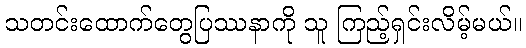
သတင်းထောက်တွေပြဿနာကို သူ ကြည့်ရှင်းလိမ့်မယ်။